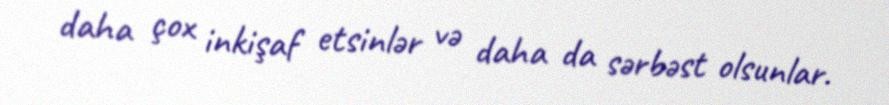
daha çox inkişaf etsinlər və daha da sərbəst olsunlar.